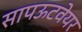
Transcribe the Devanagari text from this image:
सापऊटवेयर